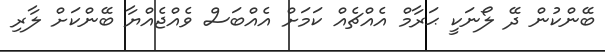
ބޭންކުން ދޭ ލޯނަކީ ޙަރާމް އެއްޗެއް ކަމަށް އެއްބަސް ވެއްޖެއްޔާ ބޭންކަށް ލާރި